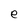
Character: e